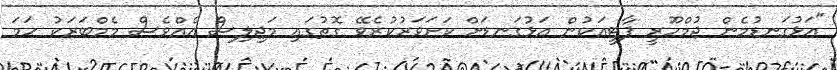
"އަޅުގަނޑުމެން ޖުމްހޫރީ ޕާޓީއަކުން އަޅުގަނޑަށް ކަށަވަރުކުރެވޭ ގޮތުގައި މަޖިލިސް އެއްވެސް މެމްބަރަކު ހަމަ